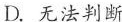
D. 无法判断